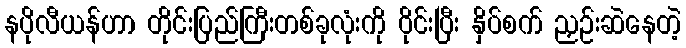
နပိုလီယန်ဟာ တိုင်းပြည်ကြီးတစ်ခုလုံးကို ဝိုင်းပြီး နှိပ်စက် ညှဉ်းဆဲနေတဲ့